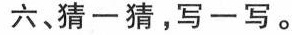
六、猜一猜，写一写。